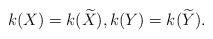
LaTeX: \begin{align*}k(X)=k(\widetilde X),k(Y)=k(\widetilde Y).\end{align*}